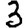
Digit: 3